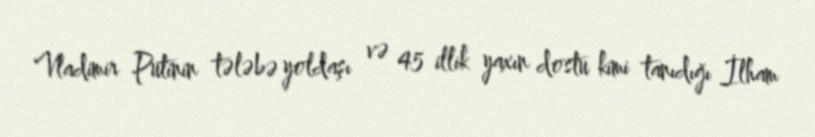
Vladimir Putinin tələbə yoldaşı və 45 illik yaxın dostu kimi tanıdığı İlham